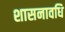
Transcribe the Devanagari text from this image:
शासनावधि